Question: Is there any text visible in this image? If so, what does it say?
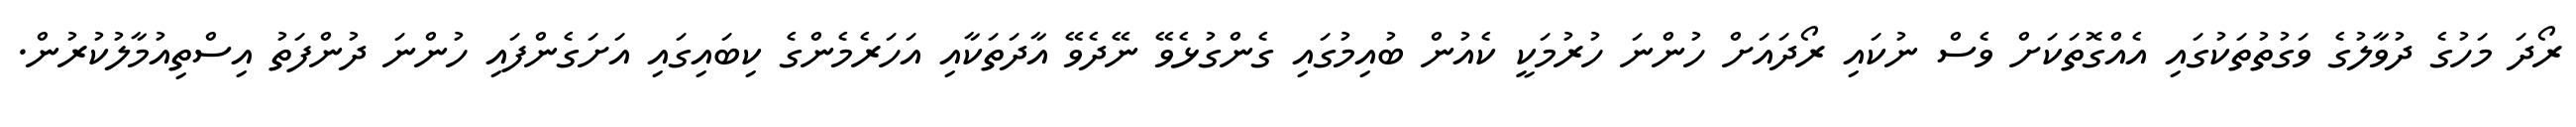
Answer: ރޯދަ މަހުގެ ދުވާލުގެ ވަގުތުތަކުގައި އެއްގޮތަކަށް ވެސް ނުކައި ރޯދައަށް ހުންނަ ހުރުމަކީ ކެއުން ބުއިމުގައި ގެންގުޅެވޭ ނޭދެވޭ އާދަތަކާއި އަހަރެމެންގެ ކިބައިގައި އަށަގެންފައި ހުންނަ ދުންފަތު އިސްތިއުމާލުކުރުން.